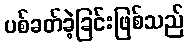
ပစ်ခတ်ခဲ့ခြင်းဖြစ်သည်